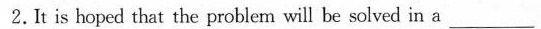
2.It is hoped that the problem will be solved in a ___